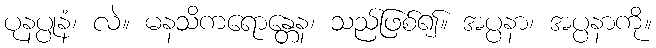
ပုနပ္ပုနံ၊ လဲ။ မနသိကရောန္တေန၊ သည်ဖြစ်၍။ အပ္ပနာ၊ အပ္ပနာကို။